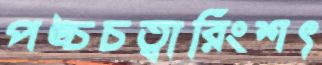
পঙ্চচত্বারিংশৎ